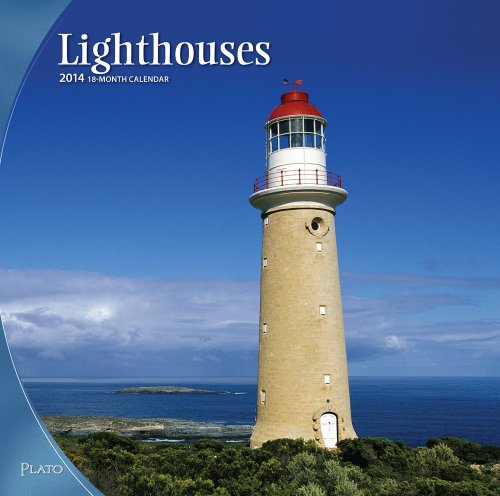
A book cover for Lighthouses 2014 Square 12x12; Browntrout Publishers; Calendars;